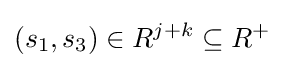
(s_{1},s_{3})\in R^{j+k}\subseteq R^{+}